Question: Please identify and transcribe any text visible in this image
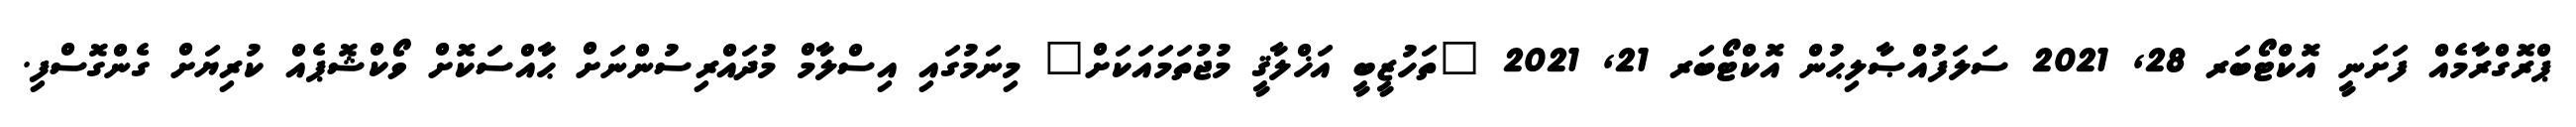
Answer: ޕްރޮގްރާމެއް ފަށަނީ އޮކްޓޯބަރ 28, 2021 ސަލަފުއްޞާލިޙުން އޮކްޓޯބަރ 21, 2021 "ތަހުޒީބީ އަޚްލާޤީ މުޖުތަމައަކަށް" މިނަމުގައި އިސްލާމް މުދައްރިސުންނަށް ޙާއްސަކޮށް ވޯކްޝޮޕެއް ކުރިޔަށް ގެންގޮސްފި.